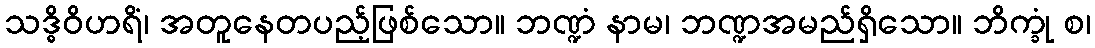
သဒ္ဓိဝိဟရိံ၊ အတူနေတပည့်ဖြစ်သော။ ဘဏ္ဍံ နာမ၊ ဘဏ္ဍအမည်ရှိသော။ ဘိက္ခုံ စ၊